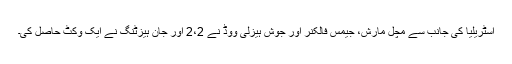
آسٹریلیا کی جانب سے مچل مارش، جیمس فالکنر اور جوش ہیزلی ووڈ نے 2،2 اور جان ہیزٹنگ نے ایک وکٹ حاصل کی۔